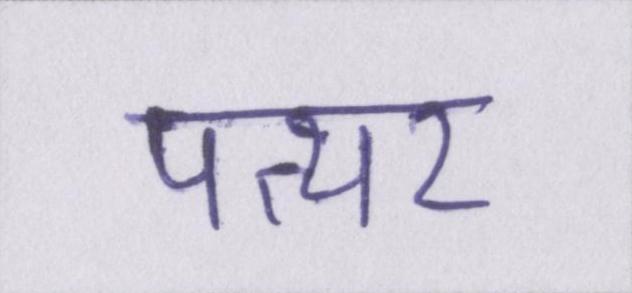
पत्थर